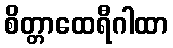
စိတ္တာထေရီဂါထာ